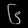
Digit: ၆